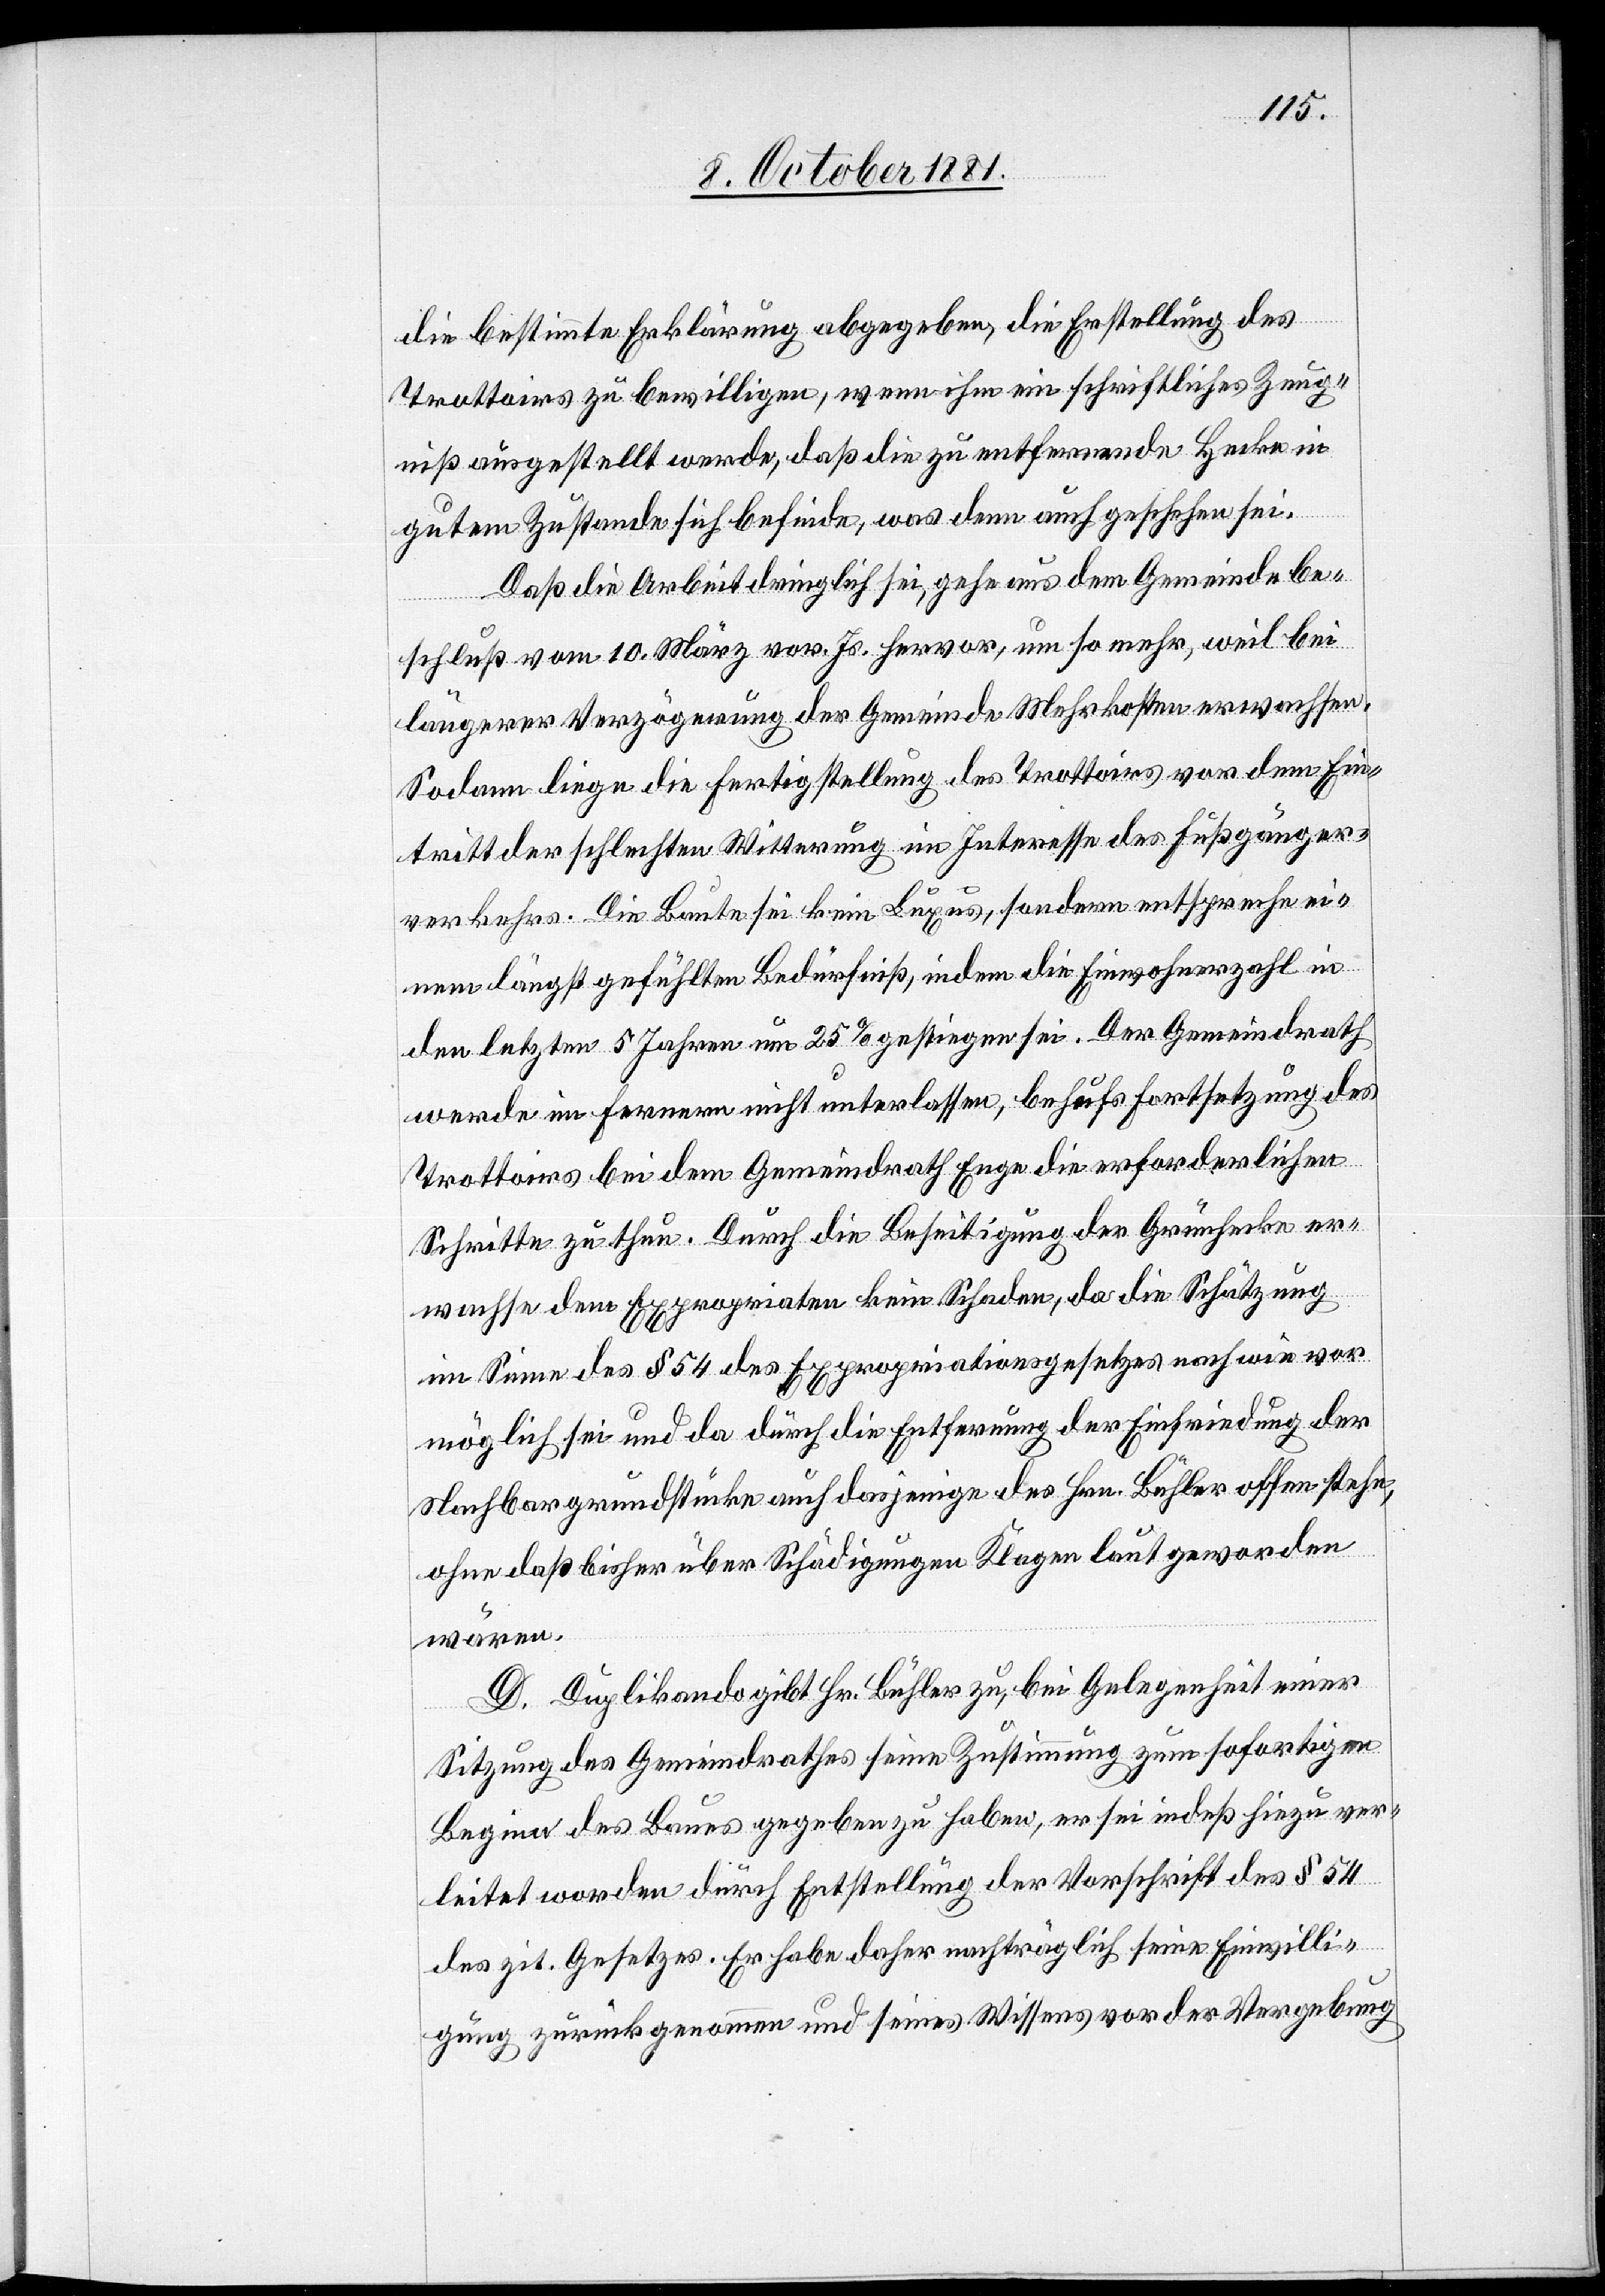
die bestimmte Erklärung abgegeben, die Erstellung des
Trottoirs zu bewilligen, wenn ihm ein schriftliches Zeug¬
niß ausgestellt werde, daß die zu entfernende Hecke in
gutem Zustand sich befinde, was denn auch geschehen sei.
Daß die Arbeit dringlich sei, gehe aus dem Gemeindebe¬
schluß vom 10. März vor. Js. hervor, um so mehr, weil bei
längerer Verzögerung der Gemeinde Mehrkosten erwachsen.
Sodann liege die Fertigstellung des Trottoirs vor dem Ein¬
tritt der schlechten Witterung im Interesse des Fußgänger¬
verkehrs. Die Baute sei kein Luxus, sondern entspreche ei¬
nem längst gefühlten Bedürfniß, indem die Einwohnerzahl in
den letzten 5 Jahren um 25% gestiegen sei. Der Gemeindrath
werde im Fernern nicht unterlassen, behufs Fortsetzung des
Trottoirs bei dem Gemeindrath Enge die erforderlichen
Schritte zu thun. Durch die Beseitigung der Grünhecke er¬
wachse dem Expropriaten kein Schaden, da die Schätzung
im Sinne des § 54 des Expropriationsgesetzes nach wie vor
möglich sei und da durch die Entfernung der Einfriedung der
Nachbargrundstücke auch dasjenige des Hrn. Bühler offen stehe,
ohne daß bisher über Schädigungen Klagen laut geworden
wären.
D. Duplikando gibt Hr. Bühler zu, bei Gelegenheit einer
Sitzung des Gemeindrathes seine Zustimmung zum sofortigen
Beginn des Baues gegeben zu haben, er sei indeß hiezu ver¬
leitet worden durch Entstellung der Vorschrift des § 54
des. zit. Gesetzes. Er habe daher nachträglich seine Einwilli¬
gung zurückgenommen und seines Wissens vor der Vergebung